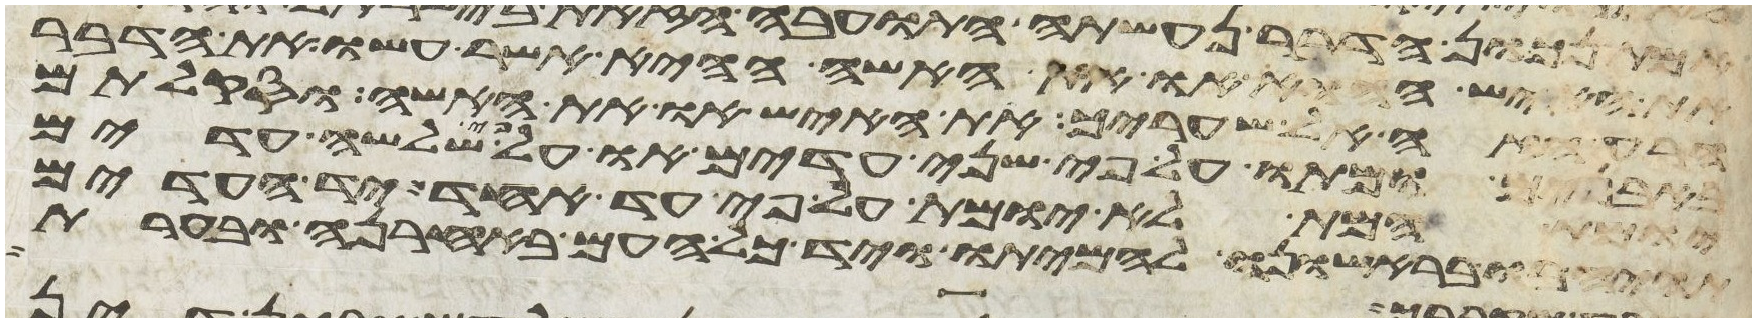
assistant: את האיש ההוא או את האשה ההיא אשר עשו את הדבר
הרע הזה אל שעריך את האיש או את האשה וסקלתם
באבנים ומתו על פי שני עדים או על פי שלשה עדים
יומת המת לא יומת על פי עד אחד יד העדים
תהיה בו בראישונה להמיתו ויד כל העם באחרנה ובערת